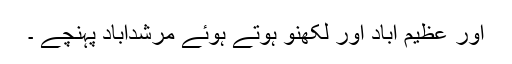
اور عظیم آباد اور لکھنو ہوتے ہوئے مرشدآباد پہنچے ۔